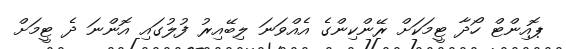
ޕޮއިންޓް ހޯދާ ޓީމަކަށް ރޭންކިންގެ އެއްވަނަ ލިބޭއިރު ފުލުގައި އޮންނަ ދެ ޓީމަށް